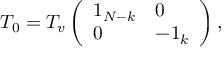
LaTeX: T _ { 0 } = T _ { v } \left( \begin{array} { l l } { { 1 _ { N - k } } } & { { 0 } } \\ { { 0 } } & { { - 1 _ { k } } } \end{array} \right) ,